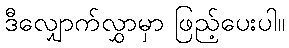
ဒီလျှောက်လွှာမှာ ဖြည့်ပေးပါ။